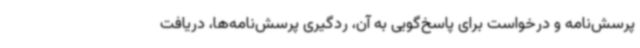
پرسش‌نامه و درخواست برای پاسخ‌گویی به آن، ردگیری پرسش‌نامه‌ها، دریافت